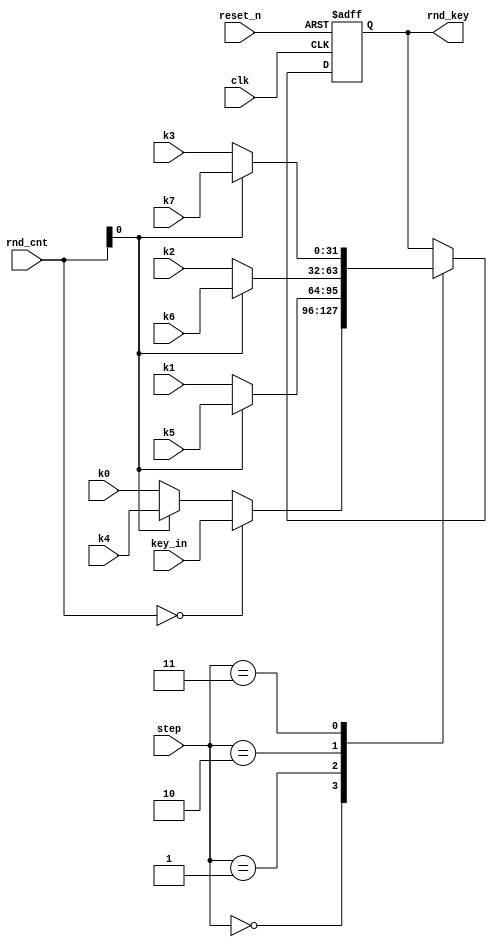
`timescale 1ns / 1ps

// ---------- ROUND KEY ----------

module round_key   (
                    clk,
                    reset_n,
                    rnd_cnt,
                    step,
                    key_in,
                    k0,k1,k2,k3,
                    k4,k5,k6,k7,
                    rnd_key             // output
                    );


// ---------- MODULE INTERFACE ----------

input               clk;                // global clock
input               reset_n;            // global negative edge reset
input       [3:0]   rnd_cnt;            // round counter [0 to 14]
input       [2:0]   step;               // step counter [0 to 4]
input       [31:0]  key_in;             // 256-bit key
input       [31:0]  k0, k1, k2, k3;     // words used for first part of key expansion
input       [31:0]  k4, k5, k6, k7;     // words used for second part of key expansion
output reg  [31:0]  rnd_key;            // round key for add round key operation


// ---------- MODULE IMPLEMENTATION ----------

always @ (posedge clk or negedge reset_n)
  begin: ROUND_KEY
  
    if (!reset_n) rnd_key <= 32'h0;     // reset round_key register
    
    else
        case (step) 
                                        // w0 for Mix_0 in round 0 (key_in[255:224])
          0:  rnd_key <= (rnd_cnt == 0) ? key_in:
                                        // for Mix_0 in 2,4...14 : 1,3...13
                         (rnd_cnt[0] == 0) ? k0 : k4;
                                        // for Mix_1 in 2,4...14 : 1,3...13
          1:  rnd_key <= (rnd_cnt[0] == 0) ? k1 : k5;
                                        // for Mix_2 in 2,4...14 : 1,3...13
          2:  rnd_key <= (rnd_cnt[0] == 0) ? k2 : k6;
                                        // for Mix_3 in 2,4...14 : 1,3...13
          3:  rnd_key <= (rnd_cnt[0] == 0) ? k3 : k7;
          
        endcase

  end


endmodule